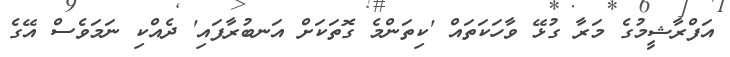
އަފްރާޝީމުގެ މަރާ ގުޅޭ ވާހަކަތައް 'ކިތަންމެ ގޮތަކަށް އަނބުރާފައި' ދެއްކި ނަމަވެސް އޭގެ